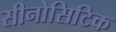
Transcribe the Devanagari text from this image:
सीनोसिटिक